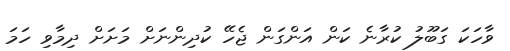
ވާހަކަ ގަބޫލު ކުރާނެ ކަން އަންގަން ޖެހޭ ކުދިންނަށް މަށަށް ދިމާވި ހަމަ